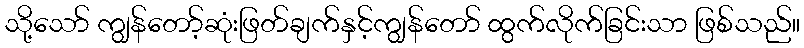
သို့သော် ကျွန်တော့်ဆုံးဖြတ်ချက်နှင့်ကျွန်တော် ထွက်လိုက်ခြင်းသာ ဖြစ်သည်။